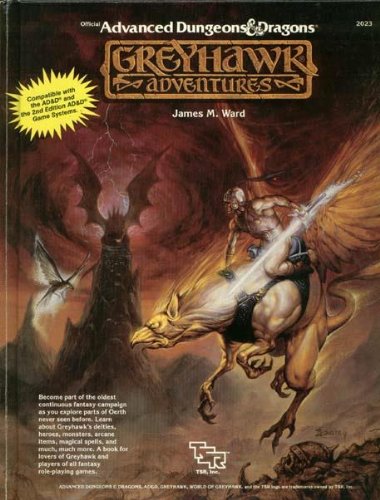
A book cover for Greyhawk Adventures (Advanced Dungeons & Dragons Rulebook); James M. Ward; Science Fiction & Fantasy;